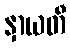
နှာယတီ